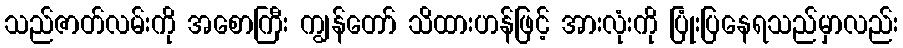
သည်ဇာတ်လမ်းကို အစောကြီး ကျွန်တော် သိထားဟန်ဖြင့် အားလုံးကို ပြုံးပြနေရသည်မှာလည်း